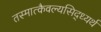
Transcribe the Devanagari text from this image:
तस्मात्कैवल्यसिद्ध्यर्थं